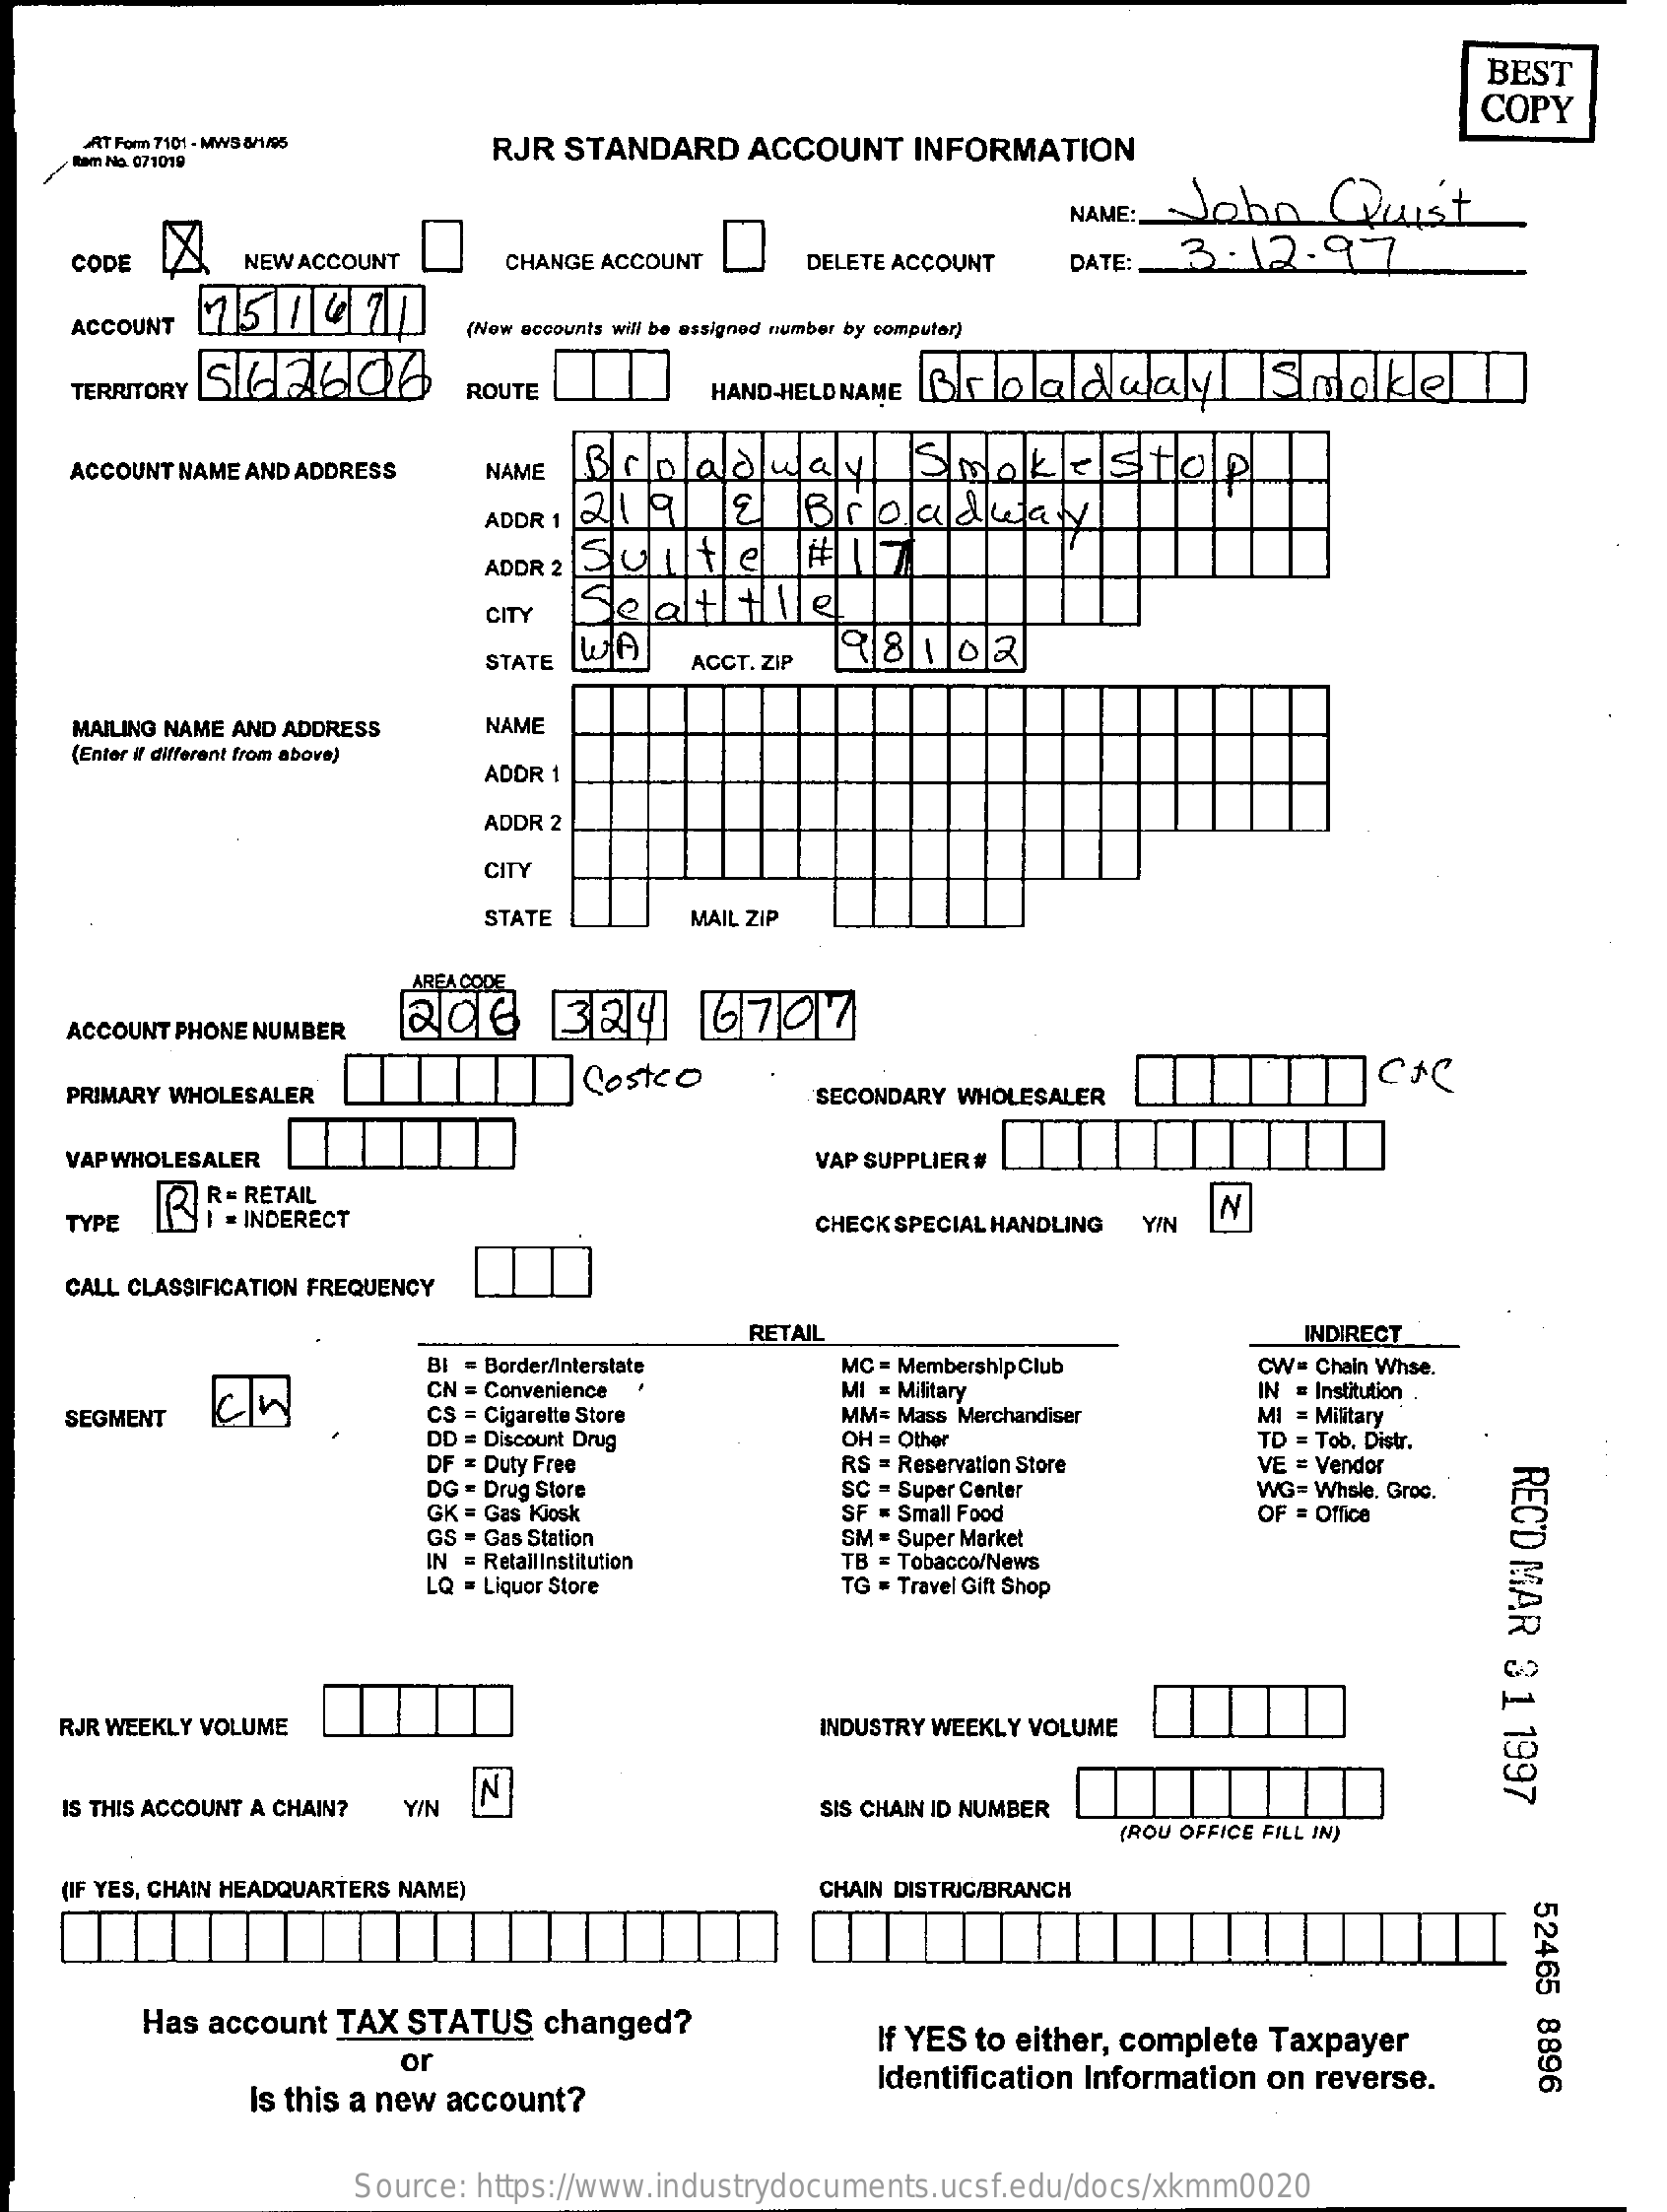
BEST
     COPY
     AT Forma 7101 - MWS 8/1/05 RJR STANDARD ACCOUNT    INFORMATION
     Bam Na. 071019
     Jobn    Quist NAME:
     CODE    NEW ACCOUNT    CHANGE ACCOUNT    DELETE ACCOUNT  DATE:  3.12.97
     ACCOUNT    (New accounts will be assigned number by computer)
     TERRITORY SIGAGO    ROUTE    HAND-HELD NAME Broadway    Shake
     ACCOUNT NAME AND ADDRESS    Broadway    Soak    - stop NAME
     ADDR 1 21 9    8    Broadway
     ADDR 2 Suite    41   7
     CITY
     Seattle
     98102
     STATE
     WA
     ACCT. ZIP
     MAILING NAME AND ADDRESS NAME
     (Enter if different from above)
     ADDR 1
     ADDR 2
     CITY
     STATE    MAIL ZIP
     AREA CODE
     200    324    6797
    ACCOUNT PHONE NUMBER
    PRIMARY WHOLESALER    SECONDARY WHOLESALER
    VAP WHOLESALER    VAP SUPPLIER #
    TYPE   RIR= RETAIL
     = INDERECT    CHECK SPECIAL HANDLING Y/N
     N
    CALL CLASSIFICATION FREQUENCY
     RETAIL    INDIRECT
     BI = Border/Interstate   MC = Membership Club    CW= Chain Whse.
     CN = Convenience    MI = Military    IN = Institution
    SEGMENT    CS = Cigarette Store    MI = Military
     DD = Discount Drug
     MM= Mass Merchandiser
     DF = Duty Free
     OH = Other    TD = Tob. Distr.
     DG = Drug Store
     RS = Reservation Store    VE = Vendor
     RECD
     MAR
     31
     1997
     GK = Gas Kiosk
     SC = Super Center    WG= Whsle. Groc.
     GS = Gas Station
     SF = Small Food
     SM = Super Market
     OF = Office
     IN = RetailInstitution
     LQ = Liquor Store
     TB = Tobacco/News
     TG # Travel Gift Shop
    RJR WEEKLY VOLUME    INDUSTRY WEEKLY VOLUME
    IS THIS ACCOUNT A CHAIN? Y/N
     IN
     SIS CHAIN ID NUMBER
     (ROU OFFICE FILL IN)
    (IF YES, CHAIN HEADQUARTERS NAME)    CHAIN DISTRIC/BRANCH
     52465
     8896
     Has account TAX STATUS   changed?
     or
     If YES to either, complete Taxpayer
     Is this a new account?
     Identification Information on reverse.
     Source: https://www.industrydocuments.ucsf.edu/docs/xkmm0020